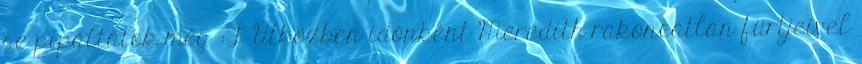
se pipáltatok még :F Útközben időnként Meredith rakoncátlan fürtjeivel